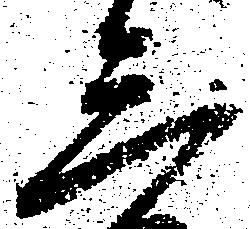
三